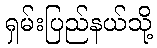
ရှမ်းပြည်နယ်သို့